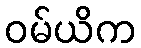
ဝမ်ယိက